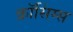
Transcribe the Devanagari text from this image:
क्रॉसिंग्स